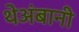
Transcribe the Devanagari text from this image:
थेअंबानी